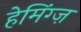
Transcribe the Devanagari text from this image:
हेमिंग्ज़